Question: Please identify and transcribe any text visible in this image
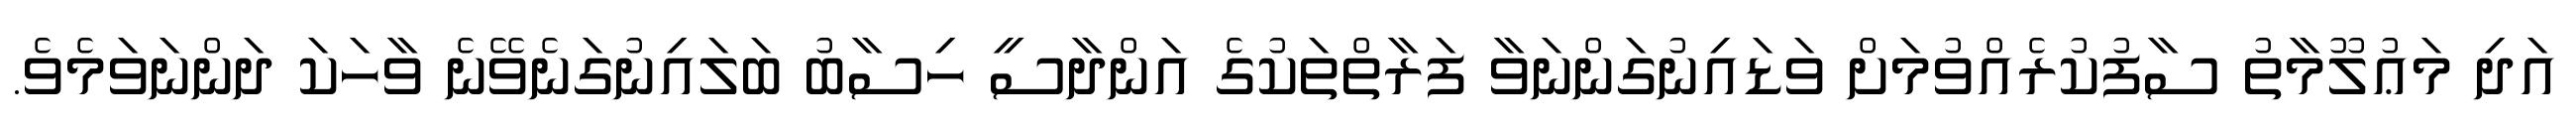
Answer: އަދި މަޢުލޫމާތު ސާފުކުރެއްވުމަށް ވަޑައިނުގަންނަވާ ފަރާތްތަކުގެ އަންދާސީ ހިސާބު ބަލައިނުގަނެވޭނެ ވާހަކަ ދަންނަވަމެވެ.